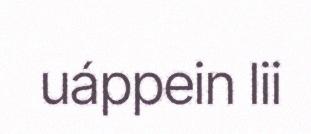
uáppein lii